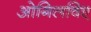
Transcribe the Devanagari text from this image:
ओगिलविए